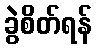
ခွဲစိတ်ရန်